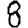
Digit: 8